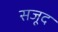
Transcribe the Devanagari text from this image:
सजूद